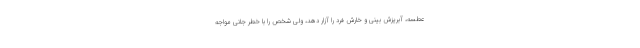
عطسه، آبریزش بینی و خارش فرد را آزار دهد، ولی شخص را با خطر جانی مواجه